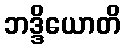
ဘဒ္ဒိယောတိ